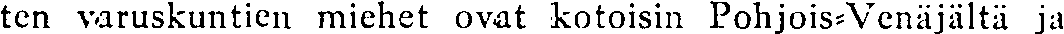
ten varuskuntien miehet ovat kotoisin Pohjois-Venäjältä ja